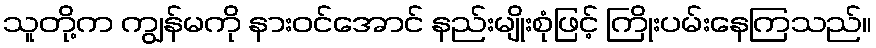
သူတို့က ကျွန်မကို နားဝင်အောင် နည်းမျိုးစုံဖြင့် ကြိုးပမ်းနေကြသည်။